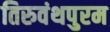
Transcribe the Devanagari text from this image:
तिरुवंथपुरम